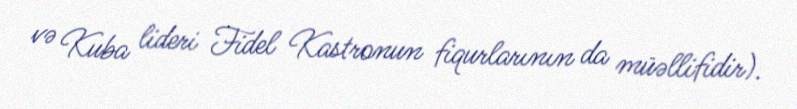
və Kuba lideri Fidel Kastronun fiqurlarının da müəllifidir).